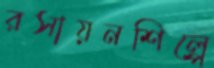
রসায়নশিল্পে